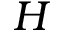
H